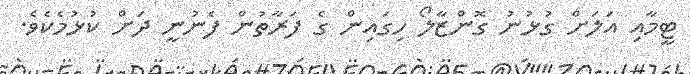
ޓީމާއި އަލަށް ގުޅުނު ގޮންޒާލޯ ހިގައިން ގެ ފަރާތުން ފެނުނީ ދަށް ކުޅުމެކެވެ.